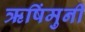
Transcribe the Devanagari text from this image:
ऋषिंमुनी